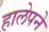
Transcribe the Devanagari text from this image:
हालेपने